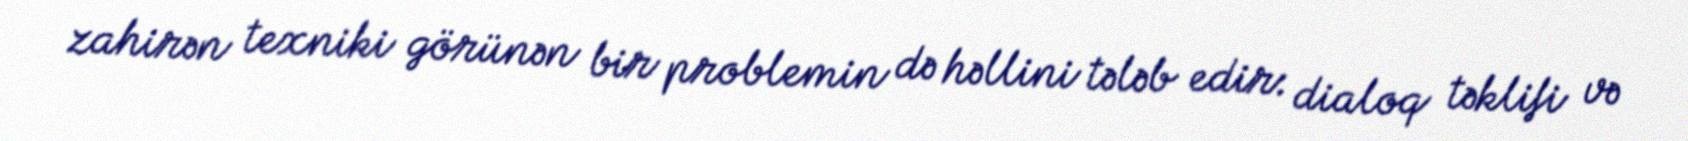
zahirən texniki görünən bir problemin də həllini tələb edir: dialoq təklifi və